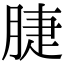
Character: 脻